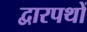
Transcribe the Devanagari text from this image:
द्वारपथों